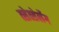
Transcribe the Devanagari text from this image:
त्सेत्सेर्लेग